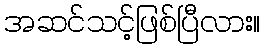
အဆင်သင့်ဖြစ်ပြီလား။